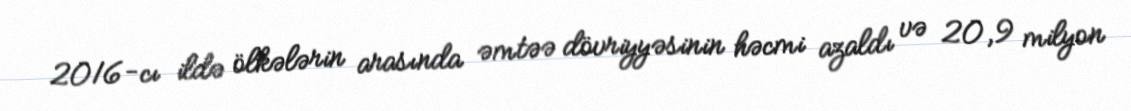
2016-cı ildə ölkələrin arasında əmtəə dövriyyəsinin həcmi azaldı və 20,9 milyon